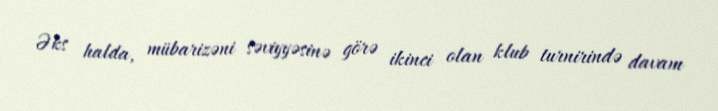
Əks halda, mübarizəni səviyyəsinə görə ikinci olan klub turnirində davam